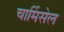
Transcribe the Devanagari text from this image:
चार्मिसेल